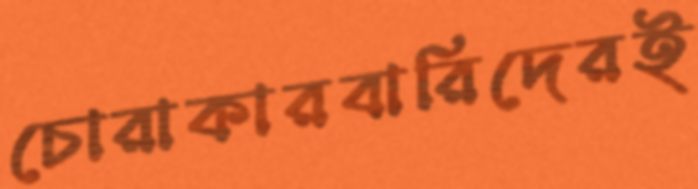
চোরাকারবারিদেরই